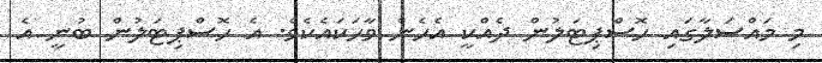
މި މައްސަލާގައި ހޮސްޕިޓަލުން ދެއްކީ އެހެން ވާހަކައެކެވެ. އެ ހޮސްޕިޓަލުން ބުނީ އެ